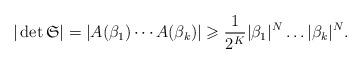
LaTeX: \begin{align*}|\det{\mathfrak{S}}| =|A(\beta_1)\cdots A(\beta_k)|\geqslant \frac{1}{2^K}|\beta_1|^N\dots |\beta_k|^N .\end{align*}